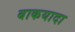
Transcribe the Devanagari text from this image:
बाकयादा